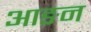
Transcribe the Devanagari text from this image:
आङन